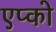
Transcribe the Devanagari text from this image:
एप्को